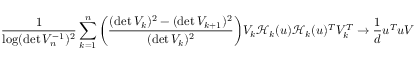
\frac { 1 } { \log ( \operatorname* { d e t } V _ { n } ^ { - 1 } ) ^ { 2 } } \sum _ { k = 1 } ^ { n } \bigg ( \frac { ( \operatorname* { d e t } V _ { k } ) ^ { 2 } - ( \operatorname* { d e t } V _ { k + 1 } ) ^ { 2 } } { ( \operatorname* { d e t } V _ { k } ) ^ { 2 } } \bigg ) V _ { k } \mathcal { H } _ { k } ( u ) \mathcal { H } _ { k } ( u ) ^ { T } V _ { k } ^ { T } \to \frac { 1 } { d } u ^ { T } u V